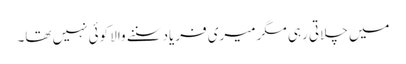
میں چلاتی رہی مگر میری فریاد سننے والا کوئی نہیں تھا۔